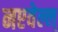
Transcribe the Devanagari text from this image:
नएवेल्ल्